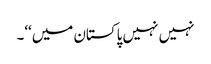
نہیں نہیں پاکستان میں‘‘۔